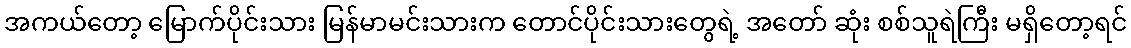
အကယ်တော့ မြောက်ပိုင်းသား မြန်မာမင်းသားက တောင်ပိုင်းသားတွေရဲ့ အတော် ဆုံး စစ်သူရဲကြီး မရှိတော့ရင်